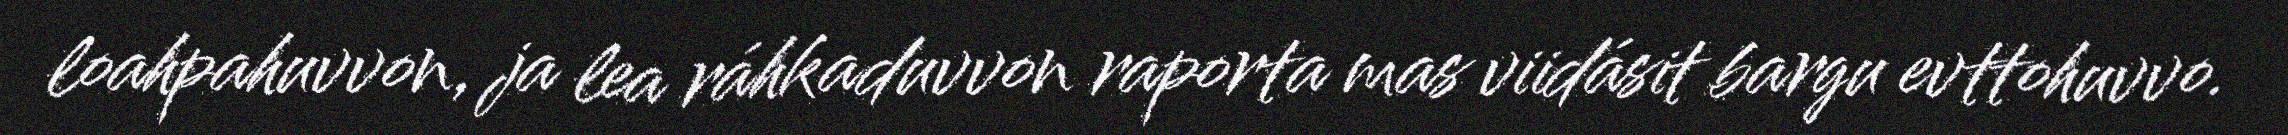
loahpahuvvon, ja lea ráhkaduvvon raporta mas viidásit bargu evttohuvvo.